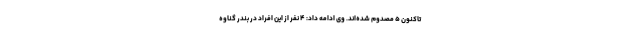
تاکنون ۵ مصدوم شده‌اند. وی ادامه داد: ۴ نفر از این افراد در بندر گناوه